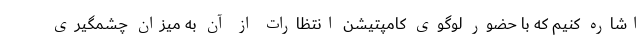
اشاره کنیم که با حضور لوگوی کامپتیشن انتظارات از آن به میزان چشمگیری